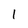
Character: 1